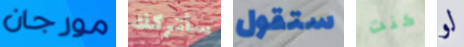
مورجان سأتركك ستقول كنت لو